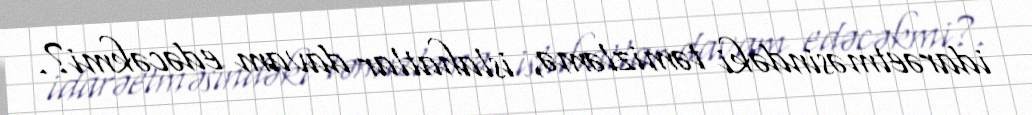
idarəetməsindəki təmizləmə, islahatlar davam edəcəkmi?.